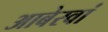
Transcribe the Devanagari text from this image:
आबेरवां